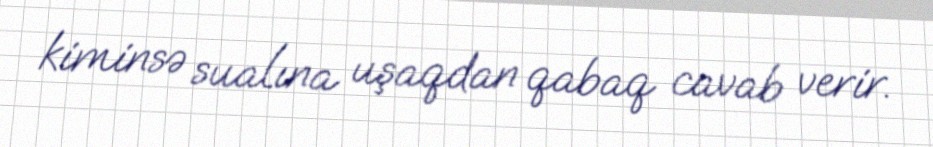
kiminsə sualına uşaqdan qabaq cavab verir.